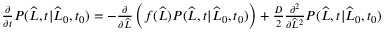
\begin{array} { r } { \frac { \partial } { \partial t } P ( \widehat { L } , t | \widehat { L } _ { 0 } , t _ { 0 } ) = - \frac { \partial } { \partial \widehat { L } } \left( f ( \widehat { L } ) P ( \widehat { L } , t | \widehat { L } _ { 0 } , t _ { 0 } ) \right) + \frac { D } { 2 } \frac { \partial ^ { 2 } } { \partial \widehat { L } ^ { 2 } } P ( \widehat { L } , t | \widehat { L } _ { 0 } , t _ { 0 } ) } \end{array}